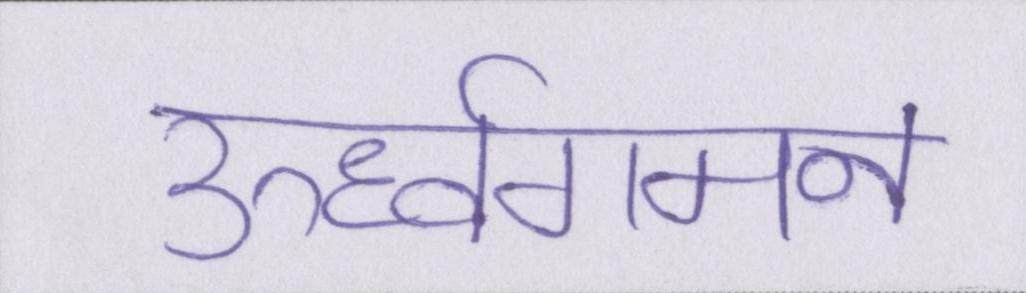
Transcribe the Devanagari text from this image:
ऊर्ध्वगमन